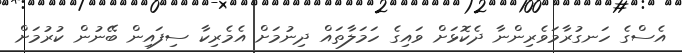
އެސްގެ ހަނގުރާމަވެރިންނާ ދެކޮޅަށް ވައިގެ ހަމަލާތައް ދިނުމަށް އެމެރިކާ ސިފައިން ބޭނުން ކުރުމަށް